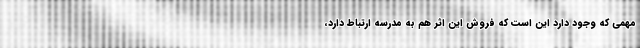
مهمی که وجود دارد این است که فروش این اثر هم به مدرسه ارتباط دارد،